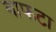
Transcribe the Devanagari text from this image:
बाफटा